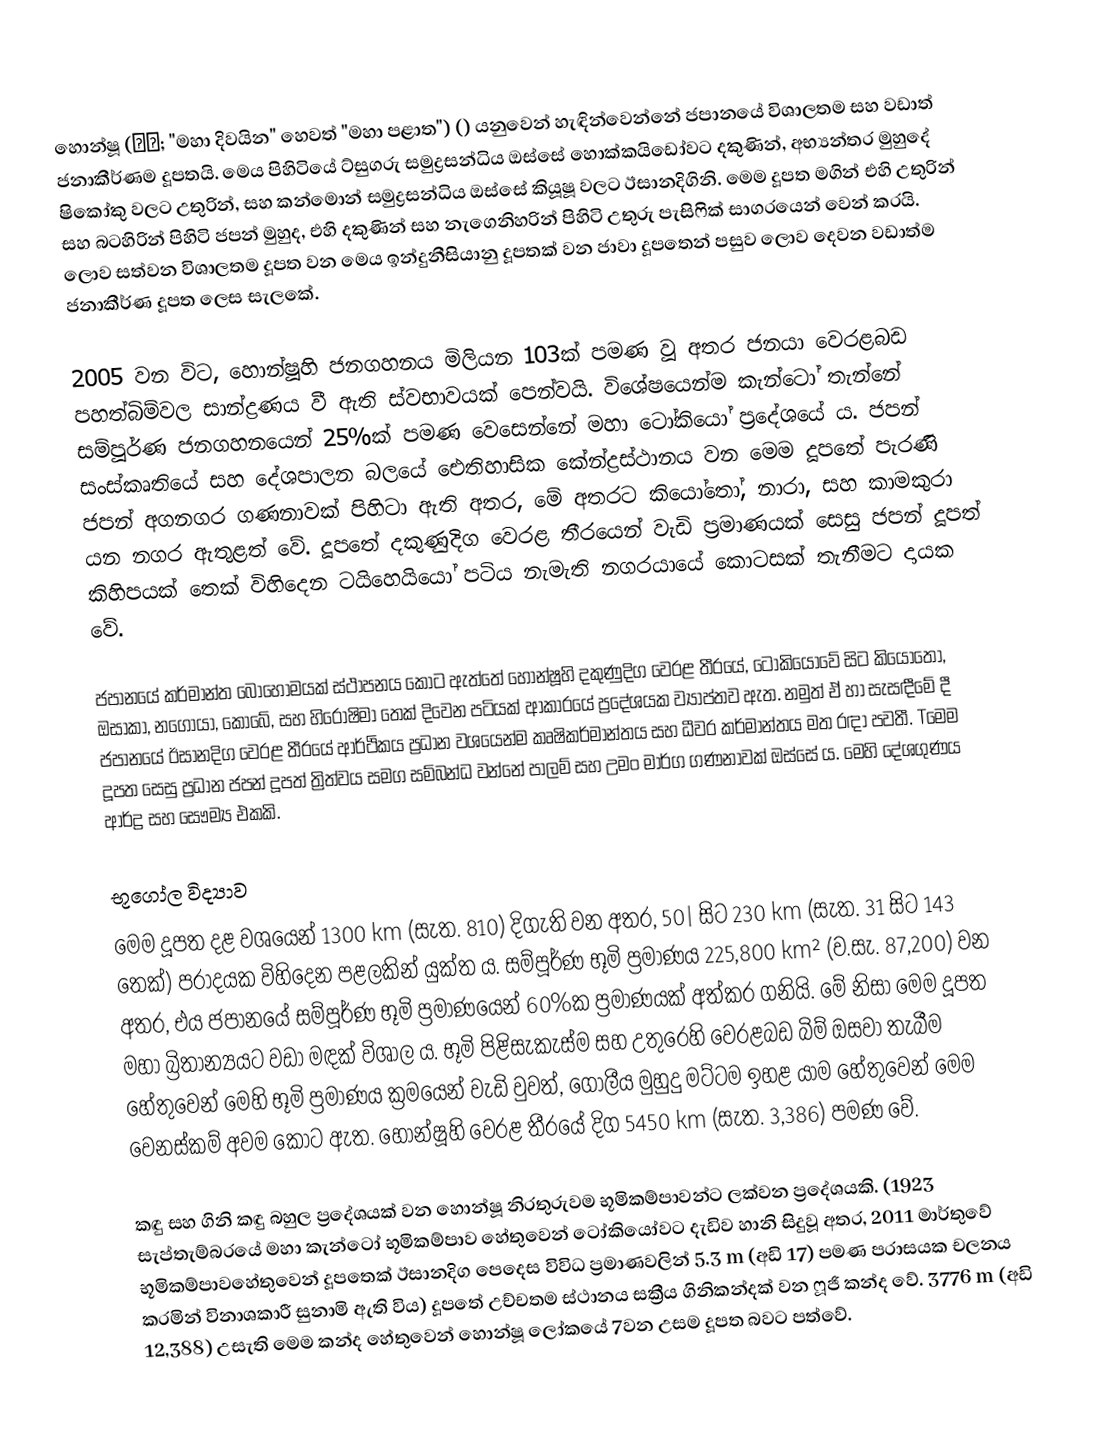
හොන්ෂූ (本州; "මහා දිවයින" හෙවත් "මහා පළාත") () යනුවෙන් හැඳින්වෙන්නේ ජපානයේ විශාලතම සහ වඩාත් ජනාකීර්ණම දූපතයි. මෙය පිහිටියේ ට්සුගරු සමුද්‍රසන්ධිය ඔස්සේ හොක්කයිඩෝවට දකුණින්, අභ්‍යන්තර මුහුදේ ෂිකෝකු වලට උතුරින්, සහ කන්මොන් සමුද්‍රසන්ධිය ඔස්සේ කියූෂූ වලට ඊසානදිගිනි. මෙම දූපත මගින් එහි උතු‍රින් සහ බටහිරින් පිහිටි ජපන් මුහුද, එහි දකුණින් සහ නැගෙනිහරින් පිහිටි උතුරු පැසිෆික් සාගරයෙන් වෙන් කරයි. ලොව සත්වන විශාලතම දූපත වන මෙය ඉන්දුනීසියානු දූපතක් වන ජාවා දූපතෙන් පසුව ලොව දෙවන වඩාත්ම ජනාකීර්ණ දූපත ලෙස සැලකේ.

2005 වන විට, හොන්ෂූහි ජනගහනය මිලියන 103ක් පමණ වූ අතර ජනයා වෙරළබඩ පහත්බිම්වල සාන්ද්‍රණය වී ඇති ස්වභාවයක් පෙන්වයි. විශේෂයෙන්ම කැන්ටෝ තැන්නේ සම්පූර්ණ ජනගහනයෙන් 25%ක් පමණ වෙසෙන්නේ මහා ටෝකියෝ ප්‍රදේශයේ ය. ජපන් සංස්කෘතියේ සහ දේශපාලන බලයේ ඓතිහාසික කේන්ද්‍රස්ථානය වන මෙම දූපතේ පැරණි ජපන් අගනගර ගණනාවක් පිහිටා ඇති අතර, මේ අතරට කියෝතෝ, නාරා, සහ කාමකුරා යන නගර ඇතුළත් වේ. දූපතේ දකුණුදිග වෙරළ තීරයෙන් වැඩි ප්‍රමාණයක් සෙසු ජපන් දූපත් කිහිපයක් තෙක් විහිදෙන ටයිහෙයියෝ පටිය නැමැති නගරයායේ කොටසක් තැනීමට දායක වේ.

ජපානයේ කර්මාන්ත බොහෝමයක් ස්ථාපනය කොට ඇත්තේ හොන්ෂූහි දකුණුදිග වෙරළ තීරයේ, ටෝකියෝවේ සිට කියෝතෝ, ඔසාකා, නගෝයා, කෝබේ, සහ හිරෝෂිමා තෙක් දිවෙන පටියක් ආකාරයේ ප්‍රදේශයක ව්‍යාප්තව ඇත. නමුත් ඒ හා සැසඳීමේ දී ජපානයේ ඊසානදිග වෙරළ තීරයේ ආර්ථිකය ප්‍රධාන වශයෙන්ම කෘෂිකර්මාන්තය සහ ධීවර කර්මාන්තය මත රඳා පවතී. Tමෙම දූපත සෙසු ප්‍රධාන ජපන් දූපත් ත්‍රිත්වය සමග සම්බන්ධ වන්නේ පාලම් සහ උමං මාර්ග ගණනාවක් ඔස්සේ ය. මෙහි දේශගුණය ආර්ද්‍ර සහ සෞම්‍ය එකකි.

භූගෝල විද්‍යාව
මෙම දූපත දළ වශයෙන් 1300 km (සැත. 810) දිගැති වන අතර, 50| සිට 230 km (සැත. 31 සිට 143 තෙක්) පරාදයක විහිදෙන පළලකින් යුක්ත ය. සම්පූර්ණ භූමි ප්‍රමාණය 225,800 km² (ව.සැ. 87,200) වන අතර, එය ජපානයේ සම්පූර්ණ භූමි ප්‍රමාණයෙන් 60%ක ප්‍රමාණයක් අත්කර ගනියි. මේ නිසා මෙම දූපත මහා බ්‍රිතාන්‍යයට වඩා මඳක් විශාල ය. භූමි පිළිසැකැස්ම සහ උතුරෙහි වෙරළබඩ බිම් ඔසවා තැබීම හේතුවෙන් මෙහි භූමි ප්‍රමාණය ක්‍රමයෙන් වැඩි වුවත්, ගෝලීය මුහුදු මට්ටම ඉහළ යාම හේතුවෙන් මෙම වෙනස්කම් අවම කොට ඇත. හොන්ෂූහි වෙරළ තීරයේ දිග 5450 km (සැත. 3,386) පමණ වේ.

කඳු සහ ගිනි කඳු බහුල ප්‍රදේශයක් වන හොන්ෂූ නිරතුරුවම භූමිකම්පාවන්ට ලක්වන ප්‍රදේශයකි. (1923 සැප්තැම්බරයේ මහා කැන්ටෝ භූමිකම්පාව හේතුවෙන් ටෝකියෝවට දැඩිව හානි සිදුවූ අතර, 2011 මාර්තුවේ භූමිකම්පාවහේතුවෙන් දූපතෙක් ඊසානදිග පෙදෙස විවිධ ප්‍රමාණවලින් 5.3 m (අඩි 17) පමණ පරාසයක චලනය කරමින්  විනාශකාරී සුනාමි ඇති විය) දූපතේ උච්චතම ස්ථානය සක්‍රීය ගිනිකන්දක් වන ෆූජි කන්ද වේ. 3776 m (අඩි 12,388) උසැති මෙම කන්ද හේතුවෙන් හොන්ෂූ ලෝකයේ 7වන උසම දූපත බවට පත්වේ.